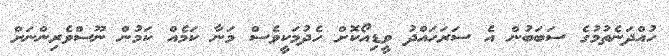
ހުއްދަނެތުމުގެ ސަބަބުން އެ ސަރަހައްދު ވީޑިއޯކޮށް ހެދުމަކީވެސް މަނާ ކަމެއް ކަމުން ނޫސްވެރިންނަށް